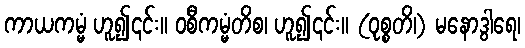
ကာယကမ္မံ ဟူ၍၎င်း။ ဝစီကမ္မံတိစ၊ ဟူ၍၎င်း။ (ဝုစ္စတိ၊) မနောဒွါရေ၊